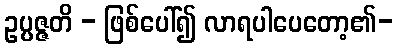
ဥပ္ပဇ္ဇတိ - ဖြစ်ပေါ်၍ လာရပါပေတော့၏-